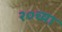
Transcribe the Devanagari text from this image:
२०च्या